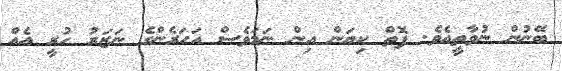
ބޭނުން ނުވާތީއެވެ. ފޮތް ކިޔަން އިން ނަމަވެސް އަހަރެންގެ ނަޒަރު ހުރީ އެއް